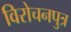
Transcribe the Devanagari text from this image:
विरोचनपुत्र